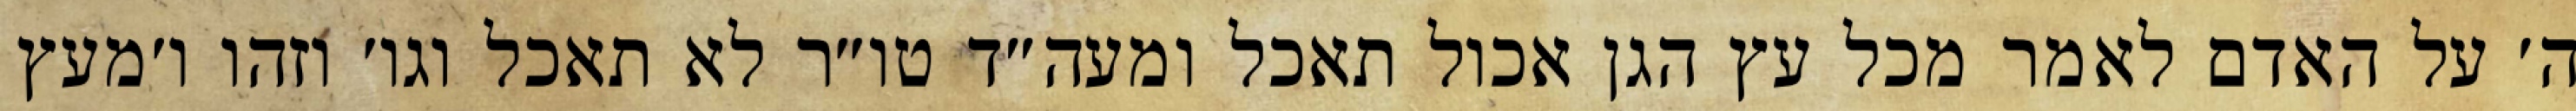
ה׳ על האדם לאמר מכל עץ הגן אכול תאכל ומעה״ד טו״ר לא תאכל וגו׳ וזהו ו׳מעץ